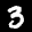
Label: 3